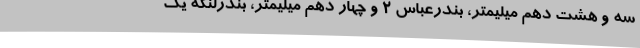
سه و هشت دهم میلیمتر، بندرعباس ۲ و چهار دهم میلیمتر، بندرلنگه یک